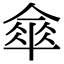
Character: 𠍘